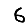
Digit: 6